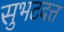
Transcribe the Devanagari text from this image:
सुभटदत्त